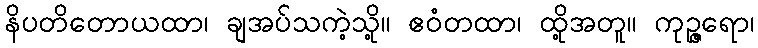
နိပတိတောယထာ၊ ချအပ်သကဲ့သို့။ ဧဝံတထာ၊ ထို့အတူ။ ကုဉ္ဇရော၊